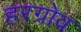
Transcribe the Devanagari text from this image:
हरग्रोव